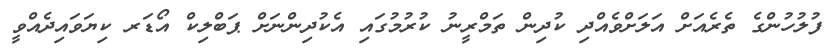
ފުލުހުންގެ ތެރެއަށް އަލަށްވެއްދި ކުދިން ތަމްރީނު ކުރުމުގައި އެކުދިންނަށް ޕަބްލިކް އޯޑަރ ކިޔަވައިދެއްވީ